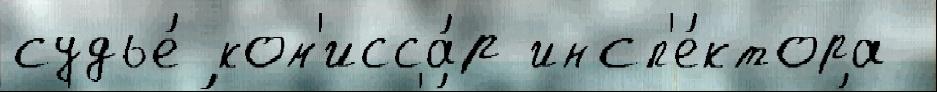
судье́ ком'исса́р инсп'е́ктора